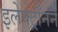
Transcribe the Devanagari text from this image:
इलेक्ट्रॉनने